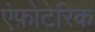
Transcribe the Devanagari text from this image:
एंफ़ोटेरिक